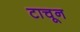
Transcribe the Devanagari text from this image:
टाचून